Annual report of the Madras Medical College
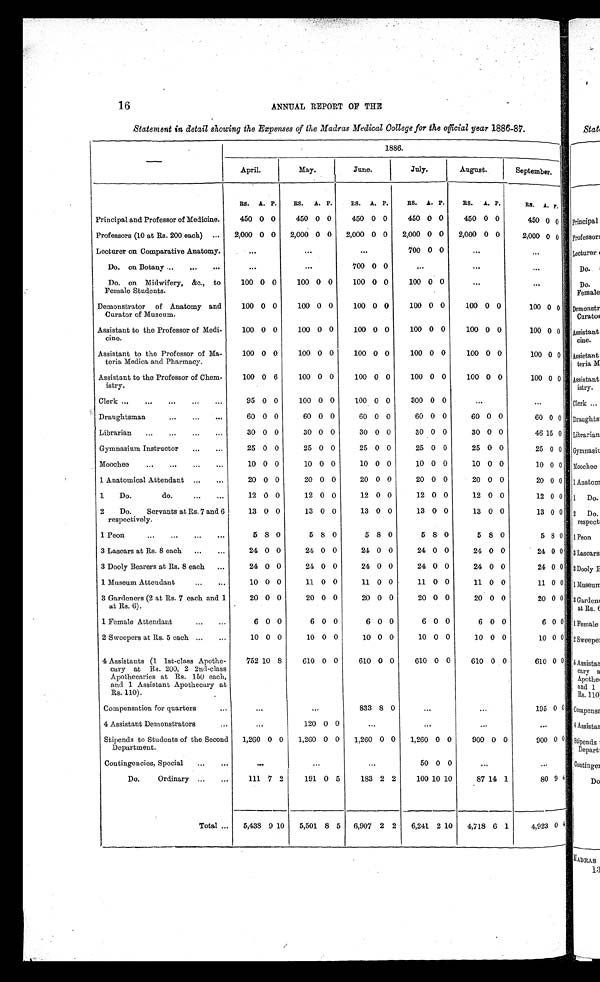
16
ANNUAL REPORT OF THE
Statement in detail showing the Expenses of the Madras Medical College for the official year 1886-87.
—
1886.
April.
May.
June.
July.
August.
September.
RS. A. P.
RS.
A. P.
RS.
A. P.
RS.
A. P.
RS.
A. P.
RS.
A.
P.
Principal and Professor of Medicine.
450 0 0
450 0 0
450 0 0
450 0 0
450 0 0
450 0 0
Professors (10 at Rs. 200 each) ...
2,000 0 0
2,000 0 0
2,000 0 0
2,000 0 0
2,000 0 0
2,000 0 0
Lecturer on Comparative Anatomy.
. . .
...
. . .
700 0 0
...
...
Do. on Botany ...
...
...
...
...
700 0 0
...
. . .
...
Do. on Midwifery, &amp;c., t o
Female Students.
100 0 0
100 0 0
100 0 0
100 0 0
. . .
...
Demonstrator of Anatomy and
Curator of Museum.
100 0 0
100 0 0
100 0 0
100 0 0
100 0 0
100 0 0
Assistant to the Professor of Medi-
c i n e .
100 0 0
100 0 0
100 0 0
100 0 0
100 0 0
100 0 0
Assistant to the Professor of Ma-
teria Medica and Pharmacy.
100 0 0
100 0 0
100 0 0
100 0 0
100 0 0
100 0 0
Assistant to the Professor of Chem-
istry.
100 0 6
100 0 0
100 0 0
100 0 0
100 0 0
100 0 0
Clerk ...
...
. . .
. . .
. . .
95 0 0
100 0 0
100 0 0
300 0 0
...
...
Draughtsman
. . .
. . .
. . .
60 0 0
60 0 0
60 0 0
60 0 0
60 0 0
60 0 0
Librarian
...
...
...
...
30 0 0
30 0 0
30 0 0
30 0 0
30 0 0
46 15 0
Gymnasium Instructor
...
...
25 0 0
25 0 0
25 0 0
25 0 0
25 0 0
25 0 0
Moochee
...
...
...
...
10 0 0
10 0 0
10 0 0
10 0 0
10 0 0
10 0 0
1. Anatomical Attendant ...
...
20 0 0
20 0 0
20 0 0
20 0 0
20 0 0
20 0 0
1. D o .
d o .
...
...
12 0 0
12 0 0
12 0 0
12 0 0
12 0 0
12 0 0
2
Do.
Servants at Rs. 7 and 6
respectively.
13 0 0
13 0 0
13 0 0
13 0 0
13 0 0
13 0 0
1 Peon
. . .
. . .
. . .
...
5 8 0
5 8 0
5 8 0
5 8 0
5 8 0
5 8 0
3 Lascars at Rs. 8 each
...
...
24 0 0
24 0 0
24 0 0
24 0 0
24 0 0
24 0 0
3 Dooly Bearers at Rs. 8 each
...
24 0 0
24 0 0
24 0 0
24 0 0
24 0 0
24 0 0
1 Museum Attendant
...
...
10 0 0
11 0 0
11 0 0
11 0 0
11 0 0
11 0 0
3 Gardeners (2 at Rs. 7 each and 1
at Rs. 6).
20 0 0
20 0 0
20 0 0
20 0 0
20 0 0
20 0 0
1 Female Attendant
...
...
6 0 0
6 0 0
6 0 0
6 0 0
6 0 0
6 0
0
2 Sweepers at Rs. 5 each ...
...
10 0 0
10 0 0
10 0 0
10 0 0
10 0 0
10 0 0
4 Assistants (1. 1st-class Apothe-
cary at Rs. 200, 2 2nd-class
Apothecaries at Rs. 150 each,
and 1 Assistant Apothecary at
Rs. 110).
752 10 8
610 0 0
610 0 0
610 0 0
610 0 0
610
0
0
Compensation for quarters
...
. . .
. . .
833 8
0
...
...
195 0 0
4 Assistant Demonstrators
...
...
120 0 0
...
...
...
. . .
Stipends to Students of the Second
Department.
1,260 0 0
1,260 0 0
1,260 0 0
1,260 0 0
900 0 0
900 0 0
Contingencies, Special
...
...
. . .
...
...
50 0 0
...
. . .
Do.
Ordinary ...
...
111
7
2
191
0
5
183 2 2
100 10 10
87 14 1
8 0
9
4
Total ...
5,438 9 10
5,501 8 5
6,907 2 2
6,241 2 10
4,718 6 1
4,923 0
4